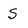
Character: S